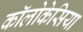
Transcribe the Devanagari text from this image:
कॉलोकेसिया